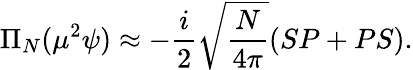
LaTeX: \Pi_{N}(\mu^{2}\psi)\approx-\frac{i}{2}\sqrt{\frac{N}{4\pi}}(SP+PS).